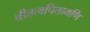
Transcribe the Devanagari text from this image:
श्रीतत्वचितामणि